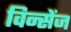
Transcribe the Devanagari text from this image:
विन्सेंज